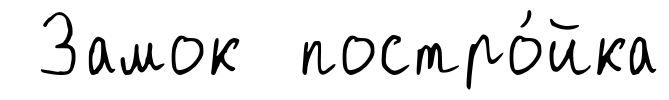
Замок постро́йка